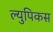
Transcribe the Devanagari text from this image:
ल्युपिकस